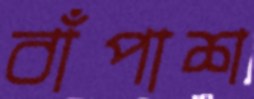
বাঁপাশ